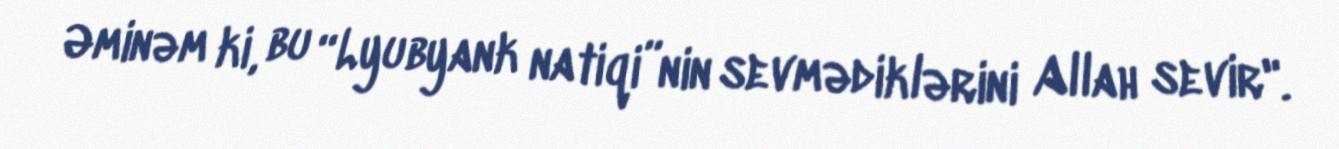
Əminəm ki, bu “Lyubyank natiqi”nin sevmədiklərini Allah sevir".